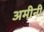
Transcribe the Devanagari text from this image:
अमीनी